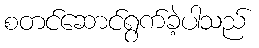
စတင်ဆောင်ရွက်ခဲ့ပါသည်